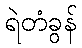
ရဲတံခွန်